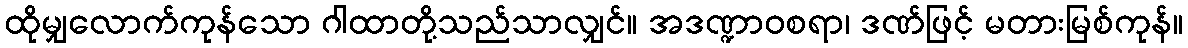
ထိုမျှလောက်ကုန်သော ဂါထာတို့သည်သာလျှင်။ အဒဏ္ဍာဝစရာ၊ ဒဏ်ဖြင့် မတားမြစ်ကုန်။